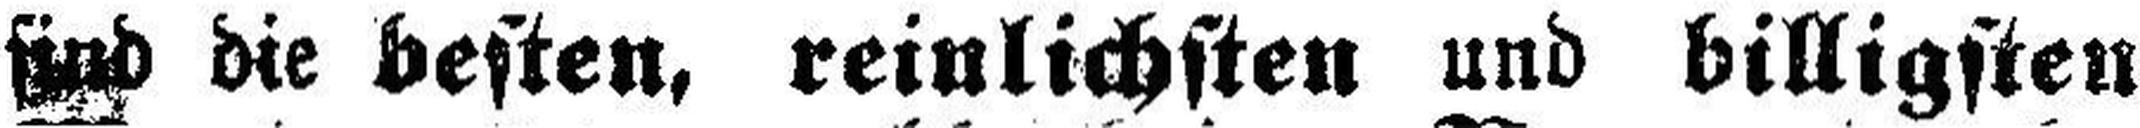
sind die besten, reinlichsten und billigsten